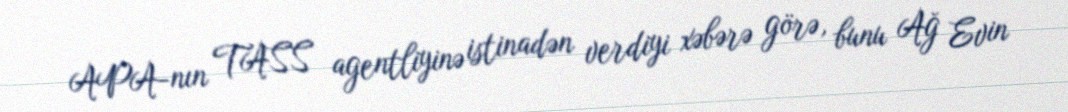
APA-nın TASS agentliyinə istinadən verdiyi xəbərə görə, bunu Ağ Evin